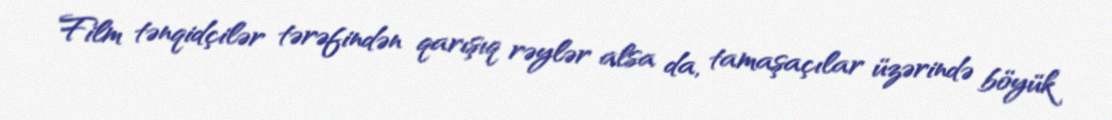
Film tənqidçilər tərəfindən qarışıq rəylər alsa da, tamaşaçılar üzərində böyük